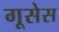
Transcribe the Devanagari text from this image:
गूसेस